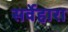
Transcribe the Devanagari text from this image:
सर्वेहारा